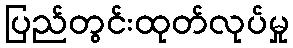
ပြည်တွင်းထုတ်လုပ်မှု